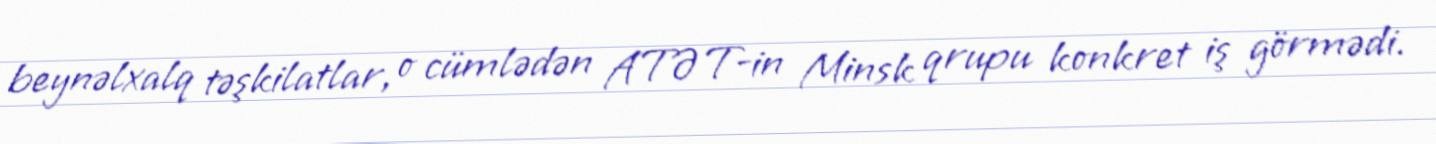
beynəlxalq təşkilatlar, o cümlədən ATƏT-in Minsk qrupu konkret iş görmədi.